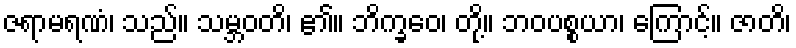
ဇရာမရဏံ၊ သည်။ သမ္ဘဝတိ၊ ၏။ ဘိက္ခဝေ၊ တို့။ ဘဝပစ္စယာ၊ ကြောင့်။ ဇာတိ၊